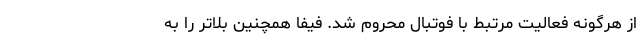
از هرگونه فعالیت مرتبط با فوتبال محروم شد. فیفا همچنین بلاتر را به